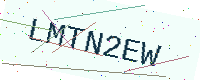
Text: LMTN2EW